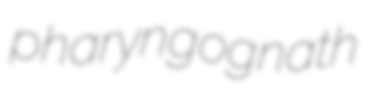
pharyngognath